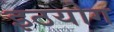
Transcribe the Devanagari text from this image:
इठयोग